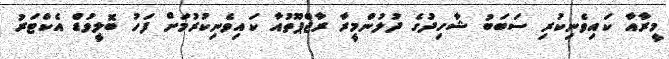
މީރާއާ ކައިވެނިކުރި ސަބަބު ޝާހިދުގެ ދުލުންމީރާ ރާޖްޕޫތުއާ ކައިވެނިކުރުމަށް ފަހު ބޮލީވުޑް އެކްޓަރު